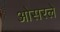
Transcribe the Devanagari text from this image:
ओसरले